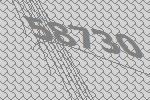
58730